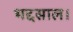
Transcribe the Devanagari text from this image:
भद्दसाल।